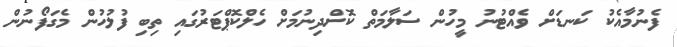
ފެނުމާއެކު ކަނޑަށް ވެއްޓުނު މީހުން ސަލާމަތް ކޮށްދިނުމަށް ހެލްކޮޕްޓަރުގައި ތިބި ފުލުހުން މެގަފޯނުން